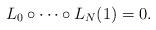
LaTeX: \begin{align*}L_0\circ\dots\circ L_N(1)=0.\end{align*}